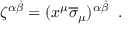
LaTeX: \zeta ^ { \alpha \dot { \beta } } = ( x ^ { \mu } \overline { { \sigma } } _ { \mu } ) ^ { \alpha \dot { \beta } } \; \; .